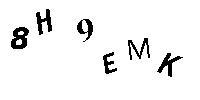
8H9EMK